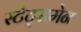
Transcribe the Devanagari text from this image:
स्टेट्समेन